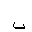
Letter: _ba